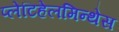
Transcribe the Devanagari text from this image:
प्लेटिहेलमिन्थेस